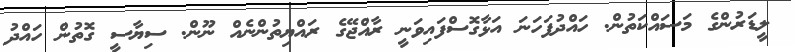
ލީޑަރުންގެ މަސައްކަތުން. ހައްދުފަހަނަ އަޅާގޮސްފައިވަނީ ރާއްޖޭގެ ރައްޔިތުންނެއް ނޫން. ސިޔާސީ ގޮތުން ހައްދު